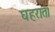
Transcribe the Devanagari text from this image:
घहरात।